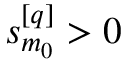
s _ { m _ { 0 } } ^ { [ q ] } > 0